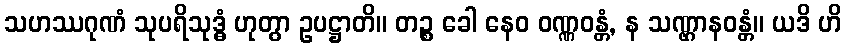
သဟဿဂုဏံ သုပရိသုဒ္ဓံ ဟုတွာ ဥပဋ္ဌာတိ။ တဉ္စ ခေါ နေဝ ဝဏ္ဏဝန္တံ, န သဏ္ဌာနဝန္တံ။ ယဒိ ဟိ